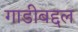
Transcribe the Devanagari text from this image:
गाडीबद्दल